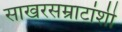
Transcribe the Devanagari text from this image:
साखरसम्राटांशी